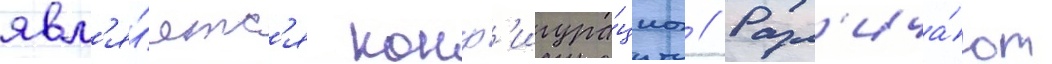
явл'я́етс'я конф'игура́циа // Разл'ича́ют